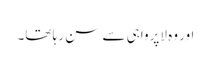
اور وہ لاپرواہی سے سن رہا تھا۔